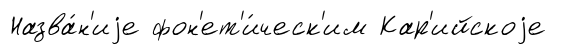
Назва́н'иjе фон'ет'и́ческ'им Кар'ийскоjе